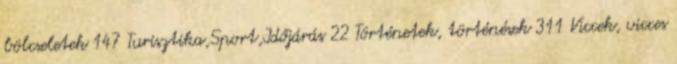
bölcseletek 147 Turisztika,Sport,Időjárás 22 Történetek, történések 311 Viccek, vicces